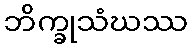
ဘိက္ခုသံဃဿ